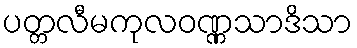
ပတ္တလီမကုလဝဏ္ဏသာဒိသာ